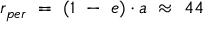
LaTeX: \begin{array} { l } { r _ { p e r } \ = \ ( 1 \ - \ e ) \cdot a \ \approx \ 4 4 } \end{array}